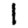
Digit: 1